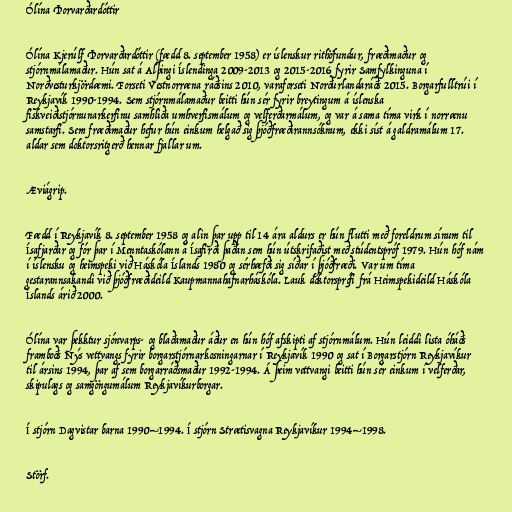
Ólína Þorvarðardóttir

Ólína Kjerúlf Þorvarðardóttir (fædd 8. september 1958) er íslenskur rithöfundur, fræðimaður og
stjórnmálamaður. Hún sat á Alþingi Íslendinga 2009-2013 og 2015-2016 fyrir Samfylkinguna í
Norðvesturkjördæmi. Forseti Vestnorræna ráðsins 2010, varaforseti Norðurlandaráðs 2015. Borgarfulltrúi í
Reykjavík 1990-1994. Sem stjórnmálamaður beitti hún sér fyrir breytingum á íslenska
fiskveiðistjórnunarkerfinu samhliða umhverfismálum og velferðarmálum, og var á sama tíma virk í norrænu
samstarfi. Sem fræðimaður hefur hún einkum helgað sig þjóðfræðirannsóknum, ekki síst á galdramálum 17.
aldar sem doktorsritgerð hennar fjallar um.

Æviágrip.

Fædd í Reykjavík 8. september 1958 og alin þar upp til 14 ára aldurs er hún flutti með foreldrum sínum til
Ísafjarðar og fór þar í Menntaskólann á Ísafirði þaðan sem hún útskrifaðist með stúdentspróf 1979. Hún hóf nám
í íslensku og heimspeki við Háskóla Íslands 1980 og sérhæfði sig síðar í þjóðfræði. Var um tíma
gestarannsakandi við þjóðfræðideild Kaupmannahafnarháskóla. Lauk doktorsprófi frá Heimspekideild Háskóla
Íslands árið 2000.

Ólína var þekktur sjónvarps- og blaðamaður áður en hún hóf afskipti af stjórnmálum. Hún leiddi lista óháðs
framboðs Nýs vettvangs fyrir borgarstjórnarkosningarnar í Reykjavík 1990 og sat í Borgarstjórn Reykjavíkur
til ársins 1994, þar af sem borgarráðsmaður 1992-1994. Á þeim vettvangi beitti hún sér einkum í velferðar,
skipulags og samgöngumálum Reykjavíkurborgar.

Í stjórn Dagvistar barna 1990–1994. Í stjórn Strætisvagna Reykjavíkur 1994–1998.

Störf.